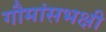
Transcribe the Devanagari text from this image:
गौमांसभक्षी